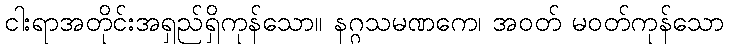
ငါးရာအတိုင်းအရှည်ရှိကုန်သော။ နဂ္ဂသမဏကေ၊ အဝတ် မဝတ်ကုန်သော